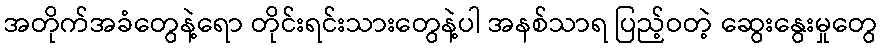
အတိုက်အခံတွေနဲ့ရော တိုင်းရင်းသားတွေနဲ့ပါ အနစ်သာရ ပြည့်ဝတဲ့ ဆွေးနွေးမှုတွေ